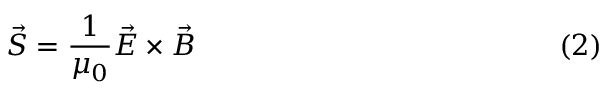
\vec { S } = \frac { 1 } { \mu _ { 0 } } \vec { E } \times \vec { B } \eqno ( 2 )